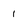
Character: 1